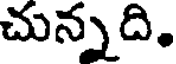
చున్నది.